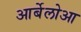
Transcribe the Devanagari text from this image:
आर्बेलोआ